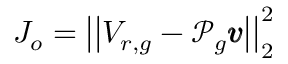
J _ { o } = \left| \left| V _ { r , g } - \mathcal { P } _ { g } \pmb { v } \right| \right| _ { 2 } ^ { 2 }